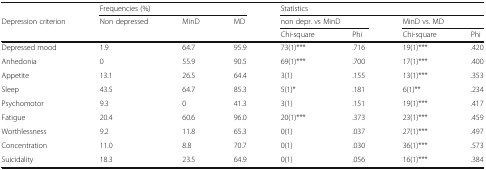
|  | <COLSPAN=3> Frequencies (%) | <COLSPAN=4> Statistics |
 | <ROWSPAN=2> Depression criterion | <ROWSPAN=2> Non depressed | <ROWSPAN=2> MinD | <ROWSPAN=2> MD | <COLSPAN=2> non depr. vs MinD | <COLSPAN=2> MinD vs. MD |
 | Chi-square | Phi | Chi-square | Phi |
 | --- | --- | --- | --- | --- | --- | --- | --- |
 | Depressed mood | 1.9 | 64.7 | 95.9 | 73(1)*** | .716 | 19(1)*** | .420 |
 | Anhedonia | 0 | 55.9 | 90.5 | 69(1)*** | .700 | 17(1)*** | .400 |
 | Appetite | 13.1 | 26.5 | 64.4 | 3(1) | .155 | 13(1)*** | .353 |
 | Sleep | 43.5 | 64.7 | 85.3 | 5(1)* | .181 | 6(1)** | .234 |
 | Psychomotor | 9.3 | 0 | 41.3 | 3(1) | .151 | 19(1)*** | .417 |
 | Fatigue | 20.4 | 60.6 | 96.0 | 20(1)*** | .373 | 23(1)*** | .459 |
 | Worthlessness | 9.2 | 11.8 | 65.3 | 0(1) | .037 | 27(1)*** | .497 |
 | Concentration | 11.0 | 8.8 | 70.7 | 0(1) | .030 | 36(1)*** | .573 |
 | Suicidality | 18.3 | 23.5 | 64.9 | 0(1) | .056 | 16(1)*** | .384 |